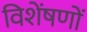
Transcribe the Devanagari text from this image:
विशेंषणों